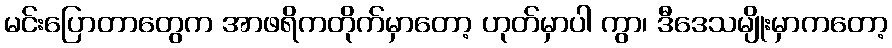
မင်းပြောတာတွေက အာဖရိကတိုက်မှာတော့ ဟုတ်မှာပါ ကွာ၊ ဒီဒေသမျိုးမှာကတော့